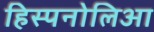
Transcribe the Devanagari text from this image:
हिस्पनोलिआ